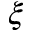
\xi